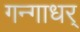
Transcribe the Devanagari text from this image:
गन्गाधर्